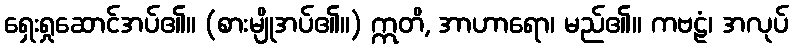
ရှေးရှုဆောင်အပ်၏။ (စားမျိုအပ်၏။) ဣတိ, အာဟာရော၊ မည်၏။ ကဗဠံ၊ အလုပ်